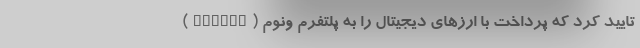
(PayPal) تایید کرد که پرداخت با ارز‌های دیجیتال را به پلتفرم ونوم